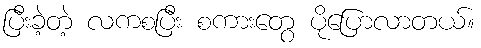
ပြီးခဲ့တဲ့ လကစပြီး စကားတွေ ပိုပြောလာတယ်။